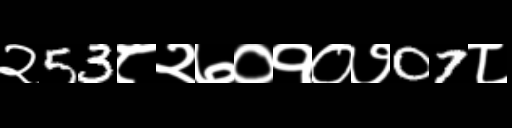
Text: २53८२७०१०७07८